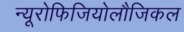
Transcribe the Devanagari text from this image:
न्यूरोफिजियोलौजिकल